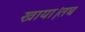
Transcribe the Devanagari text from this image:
खाया।तब